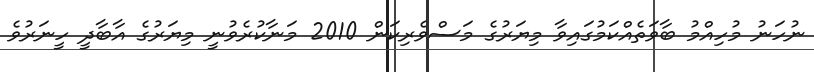
ނުހަނު މުހިއްމު ބާވަތެއްކަމުގައިވާ މިޔަރުގެ މަސްވެރިކަން 2010 މަނާކުރެވުނީ މިޔަރުގެ އާބާދީ ހީނަރުވެ